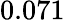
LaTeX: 0.071